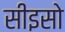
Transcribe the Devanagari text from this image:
सीइसो